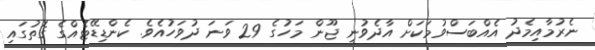
ނެރުމާއިމެދު އެއްބަސްވުމަކަށް އާދެވުނީ ޖޫން މަހުގެ 29 ވަނަ ދުވަހުއެވެ. ކެންޑިޑޭޓެއްގެ ގޮތުގައި